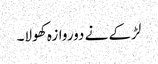
لڑکے نے دوروازہ کھولا۔